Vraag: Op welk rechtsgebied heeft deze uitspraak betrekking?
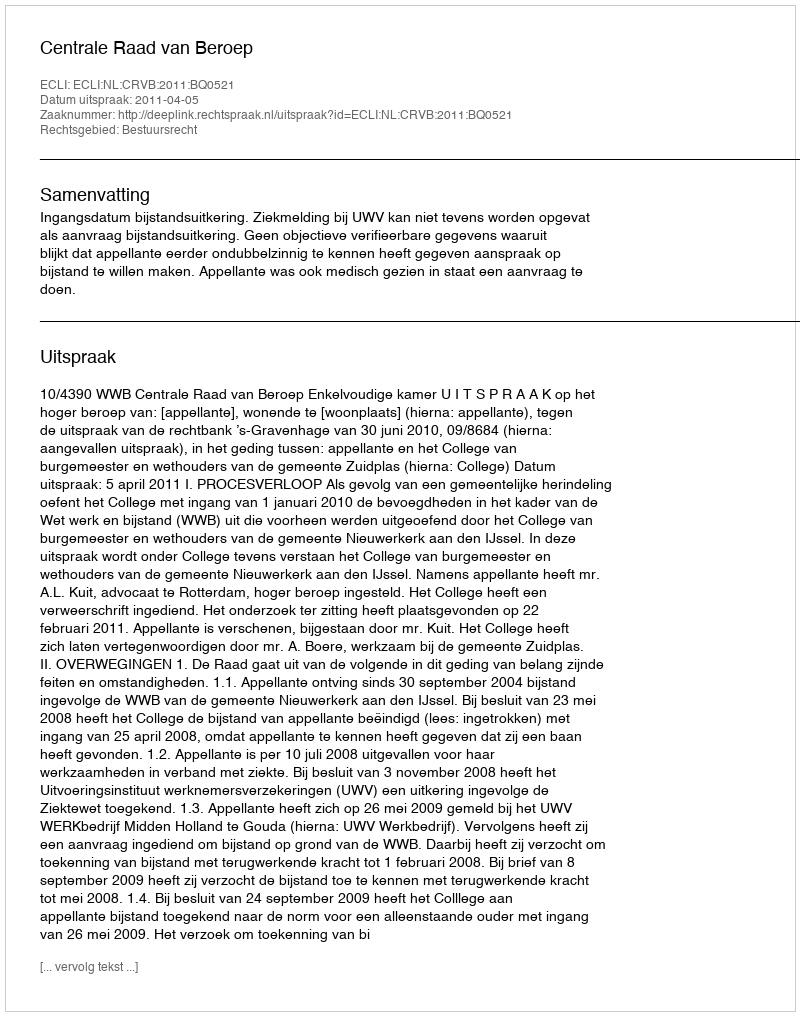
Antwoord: Bestuursrecht